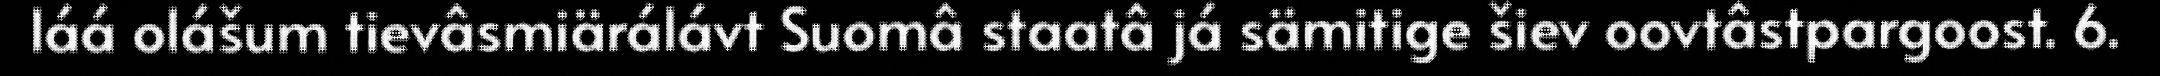
láá olášum tievâsmiärálávt Suomâ staatâ já sämitige šiev oovtâstpargoost. 6.